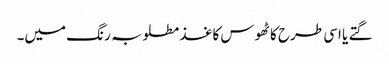
گتے یا اسی طرح کا ٹھوس کاغذ مطلوبہ رنگ میں۔